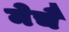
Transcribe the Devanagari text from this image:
मेचै